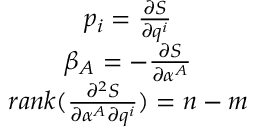
\begin{array} { c } { p _ { i } = \frac { \partial S } { \partial q ^ { i } } } \\ { \beta _ { A } = - \frac { \partial S } { \partial \alpha ^ { A } } } \\ { r a n k ( \frac { \partial ^ { 2 } S } { \partial \alpha ^ { A } \partial q ^ { i } } ) = n - m } \end{array}